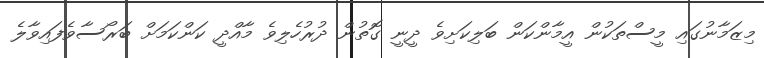
މިޒަމާނުގައި މީސްތަކުން އީމާންކަން ބަލިކަށިވެ ދީނީ ގޮތުން ދުރުހެލިވެ މާއްދީ ކަންކަމަށް ބަރޯސާވެފައިވާލެ